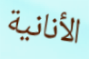
الأنانية